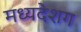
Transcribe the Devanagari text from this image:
मध्यदेशग